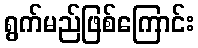
ရွက်မည်ဖြစ်ကြောင်း